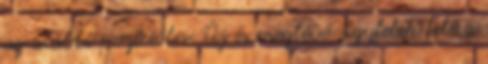
az alábbi pozícióba: Új és meglévő ügyfelek felé a